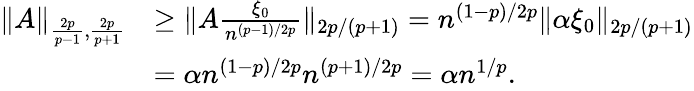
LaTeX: \begin{array}{rl}{\| A\| _{\frac{2p}{p-1},\frac{2p}{p+1}}}&{\ge\| A\frac{\xi_{0}}{n^{(p-1)/2p}}\| _{2p/(p+1)}=n^{(1-p)/2p}\| \alpha\xi_{0}\| _{2p/(p+1)}}\\ &{=\alpha n^{(1-p)/2p}n^{(p+1)/2p}=\alpha n^{1/p}.}\end{array}